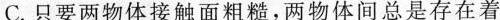
C. 只要两物体接触面粗糙，两物体间总是存在着